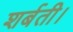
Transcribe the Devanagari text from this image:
शर्बती।